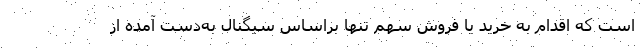
است که اقدام به خرید یا فروش سهم تنها براساس سیگنال به‌دست آمده از